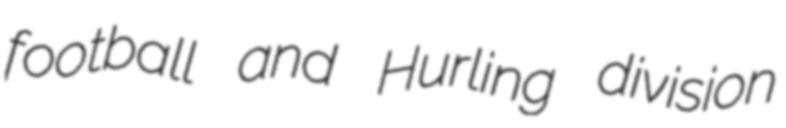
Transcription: football and Hurling division